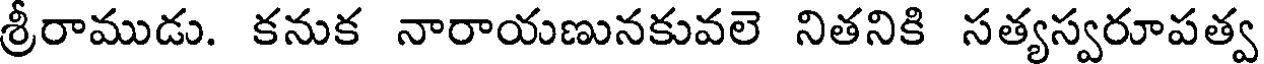
శ్రీరాముడు. కనుక నారాయణునకువలె నితనికి సత్యస్వరూపత్వ